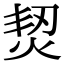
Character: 𤉟